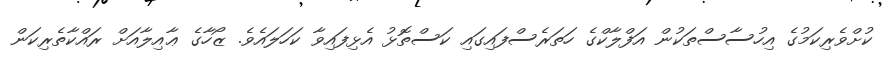
ކުށްވެރިކަމުގެ އިހުސާސްތަކުން އަފްލާކްގެ ހަތަރެސްފައިގައި ކަސްތޮޅު އެޅިފައިވާ ކަހަލައެވެ. ޒޯހާގެ ޢާއިލާއަށް ރައްކާތެރިކަން